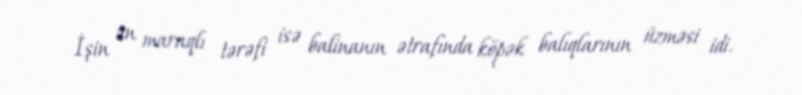
İşin ən maraqlı tərəfi isə balinanın ətrafında köpək balıqlarının üzməsi idi.